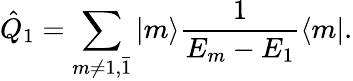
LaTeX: \hat{Q}_{1}=\sum_{m\neq 1,\bar{1}}|m\rangle\frac{1}{E_{m}-E_{1}}\langle m|.